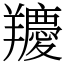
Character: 羻